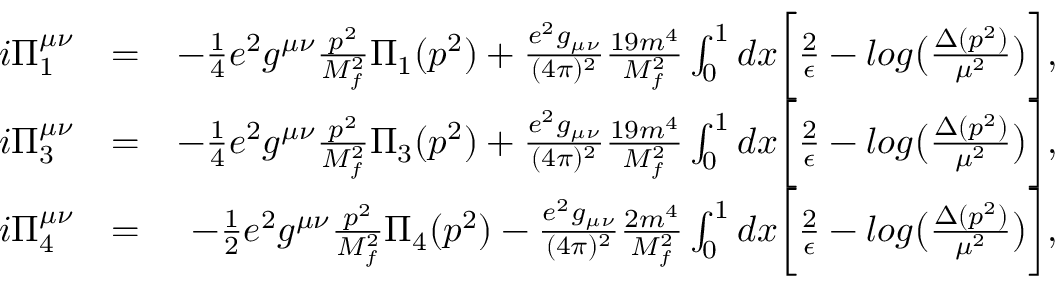
\begin{array} { r l r } { i \Pi _ { 1 } ^ { \mu \nu } } & { = } & { - \frac { 1 } { 4 } e ^ { 2 } g ^ { \mu \nu } \frac { p ^ { 2 } } { M _ { f } ^ { 2 } } \Pi _ { 1 } ( p ^ { 2 } ) + \frac { e ^ { 2 } g _ { \mu \nu } } { ( 4 \pi ) ^ { 2 } } \frac { 1 9 m ^ { 4 } } { M _ { f } ^ { 2 } } \int _ { 0 } ^ { 1 } d x \biggl [ \frac { 2 } { \epsilon } - l o g \bigl ( \frac { \Delta ( p ^ { 2 } ) } { \mu ^ { 2 } } \bigr ) \biggr ] , } \\ { i \Pi _ { 3 } ^ { \mu \nu } } & { = } & { - \frac { 1 } { 4 } e ^ { 2 } g ^ { \mu \nu } \frac { p ^ { 2 } } { M _ { f } ^ { 2 } } \Pi _ { 3 } ( p ^ { 2 } ) + \frac { e ^ { 2 } g _ { \mu \nu } } { ( 4 \pi ) ^ { 2 } } \frac { 1 9 m ^ { 4 } } { M _ { f } ^ { 2 } } \int _ { 0 } ^ { 1 } d x \biggl [ \frac { 2 } { \epsilon } - l o g \bigl ( \frac { \Delta ( p ^ { 2 } ) } { \mu ^ { 2 } } \bigr ) \biggr ] , } \\ { i \Pi _ { 4 } ^ { \mu \nu } } & { = } & { - \frac { 1 } { 2 } e ^ { 2 } g ^ { \mu \nu } \frac { p ^ { 2 } } { M _ { f } ^ { 2 } } \Pi _ { 4 } ( p ^ { 2 } ) - \frac { e ^ { 2 } g _ { \mu \nu } } { ( 4 \pi ) ^ { 2 } } \frac { 2 m ^ { 4 } } { M _ { f } ^ { 2 } } \int _ { 0 } ^ { 1 } d x \biggl [ \frac { 2 } { \epsilon } - l o g \bigl ( \frac { \Delta ( p ^ { 2 } ) } { \mu ^ { 2 } } \bigr ) \biggr ] , } \end{array}